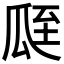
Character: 𦤻